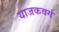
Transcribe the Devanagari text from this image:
याजकवर्ग